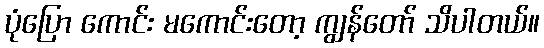
ပုံပြော ကောင်း မကောင်းတော့ ကျွန်တော် သိပါတယ်။